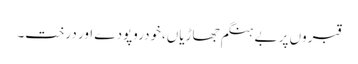
قبروں پر بے ہنگم جھاڑیاں،خودروپودے اور درخت۔